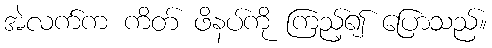
အဲလက်က ကိတ် ဖိနပ်ကို ကြည့်၍ ပြောသည်။